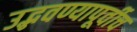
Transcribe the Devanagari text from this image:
उद्भवण्यापूर्वीच